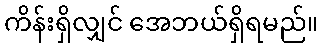
ကိန်းရှိလျှင် အေဘယ်ရှိရမည်။